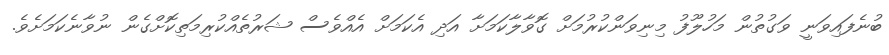
ބުނެފައިވަނީ ވަގުތުން މަހުލޫފު މިނިވަންކުރުމަށް ގޮވާލާކަމަށާ އަދި އެކަމަށް އެއްވެސް ޝަރުތެއްކުރިމަތިކޮށްގެން ނުވާނެކަމަށެވެ.